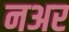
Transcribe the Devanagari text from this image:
नअर